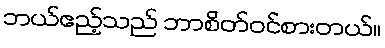
ဘယ်ဧည့်သည် ဘာစိတ်ဝင်စားတယ်။